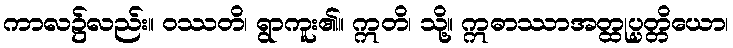
ကာလ၌လည်း။ ဝဿတိ၊ ရွာကူး၏။ ဣတိ၊ သို့။ ဣဓာဿာအတ္ထုပ္ပတ္တိယော၊